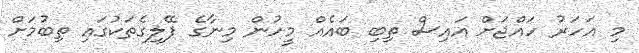
މި އަހަރު ހައްޖަށް އައިސް ތިބި ބައެއް މީހުން މިނާގެ ފޭލިގެތަކުގައި ތިބުމަށް